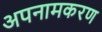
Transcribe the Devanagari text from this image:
अपनामकरण